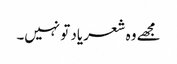
مجھے وہ شعر یاد تو نہیں۔